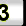
Digit: 3